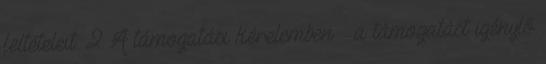
feltételeit. 2 A támogatási kérelemben – a támogatást igénylő